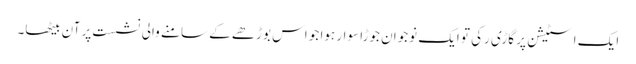
ایک اسٹیشن پر گاڑی رکی تو ایک نوجوان جوڑا سوار ہوا جو اس بوڑھے کے سامنے والی نشست پر آن بیٹھا۔